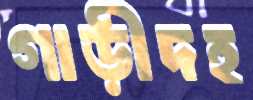
গাড়ীদহ